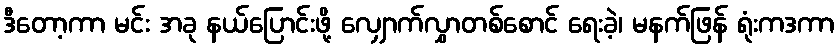
ဒီတော့ကာ မင်း အခု နယ်ပြောင်းဖို့ လျှောက်လွှာတစ်စောင် ရေးခဲ့၊ မနက်ဖြန် ရုံးကဒကာ